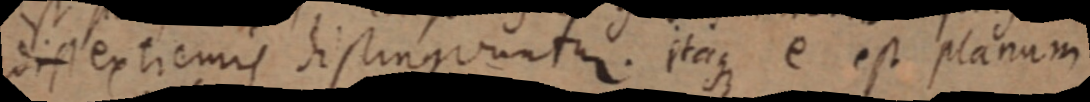
dis extremis distinguantur. itaque e est planum